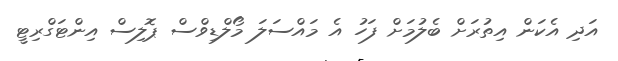
އަދި އެކަން އިތުރަށް ބެލުމަށް ފަހު އެ މައްސަލަ މޯލްޑިވްސް ޕޮލިސް އިންޓަގްރިޓީ